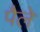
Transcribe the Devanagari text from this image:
पैले